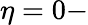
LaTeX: \eta=0-